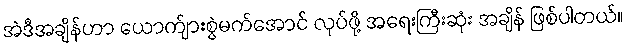
အဲဒီအချိန်ဟာ ယောက်ျားစွဲမက်အောင် လုပ်ဖို့ အရေးကြီးဆုံး အချိန် ဖြစ်ပါတယ်။